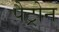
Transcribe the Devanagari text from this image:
पैट्रोन